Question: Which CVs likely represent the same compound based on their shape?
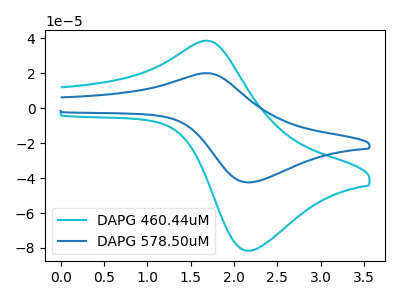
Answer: <think>The cyan curve "DAPG 460.44uM" has an anodic peak at (1.65V, 38.70uA) and a cathodic peak at (2.15V, -81.55uA). The blue curve "DAPG 578.50uM" has an anodic peak at (1.65V, 20.15uA) and a cathodic peak at (2.15V, -42.45uA).
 All the peaks in "DAPG 460.44uM" have a peak in "DAPG 578.50uM" at the same potential. Every peak in "DAPG 460.44uM" is higher than every peak in "DAPG 578.50uM".</think>
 <answer>"DAPG 460.44uM" and "DAPG 578.50uM" have the same shape and are likely CV's of the same chemical.</answer>
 <eval>"DAPG 460.44uM" "DAPG 578.50uM"</eval>